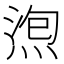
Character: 𱧖